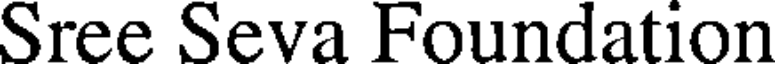
Sree Seva Foundation